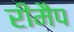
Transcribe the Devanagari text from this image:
रीमैप